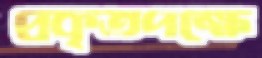
প্রকৃতপক্ষে